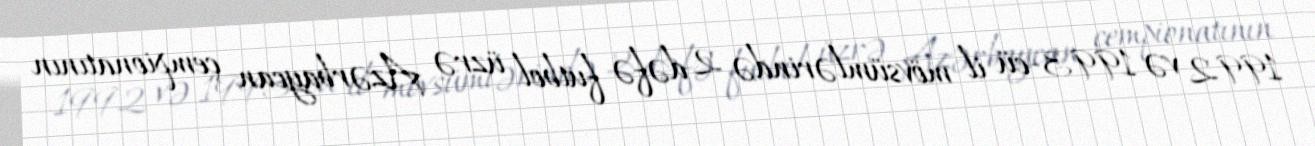
1992 və 1993-cü il mövsümlərində 2 dəfə futbol üzrə Azərbaycan çempionatının